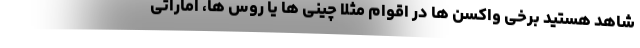
شاهد هستید برخی واکسن ها در اقوام مثلاً چینی ها یا روس ها، اماراتی